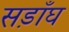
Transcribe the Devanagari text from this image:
सड़ाँघ